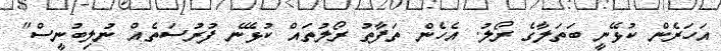
އަހަރެން ކުޅޭނީ ބަތަލާގެ ރޯލު. އެހެން ތަފާތު ރޯލުތައް ކުޅޭނެ ފުރުސަތެއް ނުލިބުނީސް"